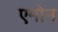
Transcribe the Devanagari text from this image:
एमोन